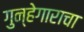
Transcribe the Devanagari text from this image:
गुन्हेगाराचा